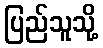
ပြည်သူသို့